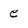
Character: e